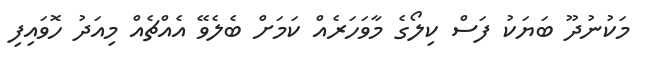
މަކުނުދޫ ބަޔަކު ފަސް ކިލޯގެ މާވަހަރެއް ކަމަށް ބެލެވޭ އެއްޗެއް މިއަދު ހޮވައިފި